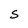
Character: S